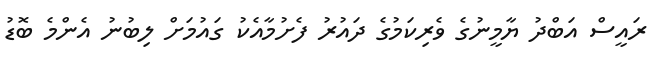
ރައީސް އަބްދު ޔާމީނުގެ ވެރިކަމުގެ ދައުރު ފެށުމާއެކު ގައުމަށް ލިބުނު އެންމެ ބޮޑު